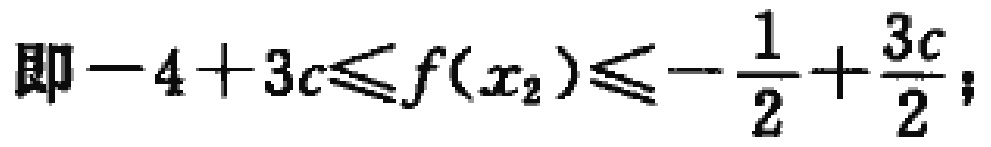
即\(-4 + 3c\leqslant f(x_{2})\leqslant-\frac{1}{2}+\frac{3c}{2}\)；